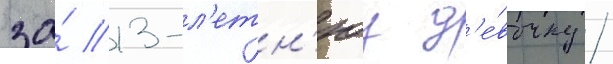
за́ 13-л'етн'юу д'е́вочку /